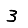
Digit: 3